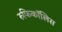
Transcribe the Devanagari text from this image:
रुफिकॉलिस